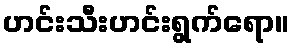
ဟင်းသီးဟင်းရွက်ရော။